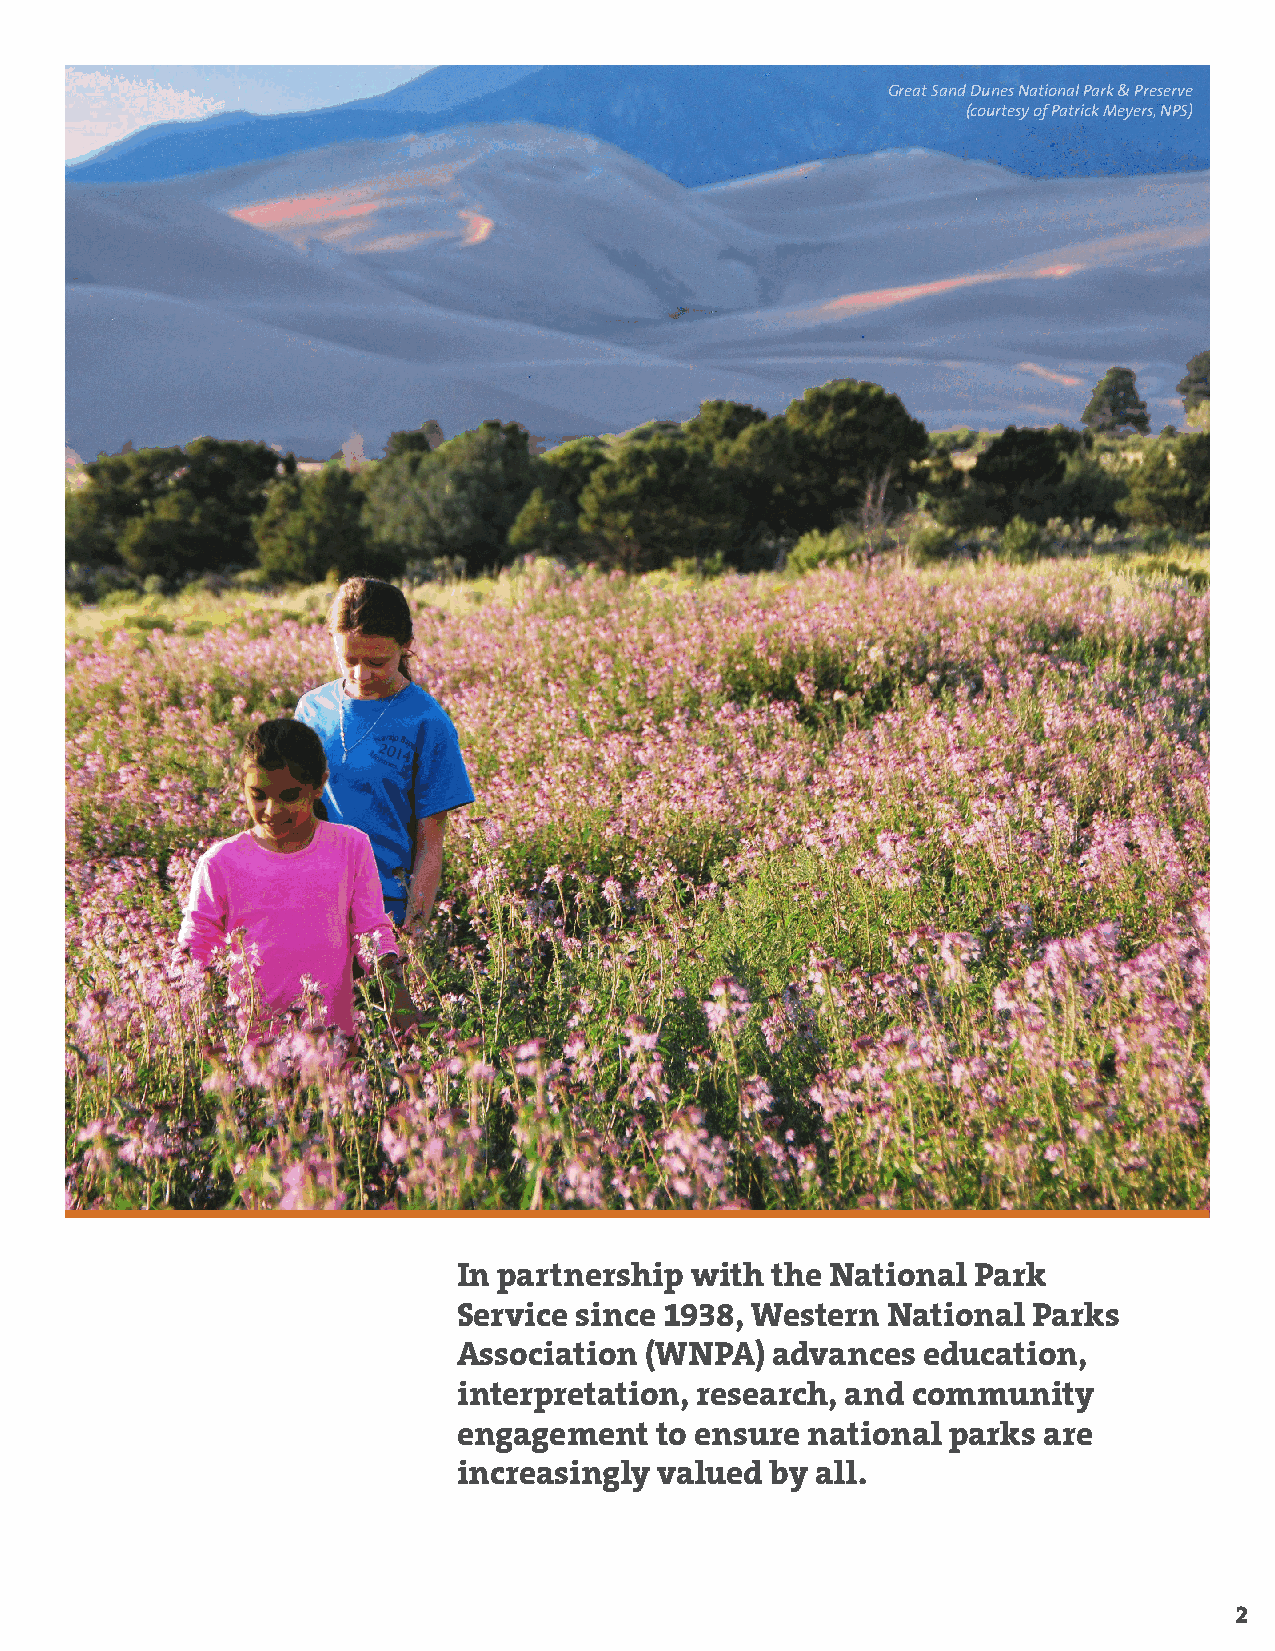
Great Sand Dunes National Park & Preserve
 (courtesy of Patrick Meyers, NPS)
 In partnership  with the National  Park
 Service since 1938, Western  National Parks
 Association  (WNPA)  advances  education,
 interpretation, research, and community
 engagement   to ensure national  parks are
 increasingly  valued by all.
 2